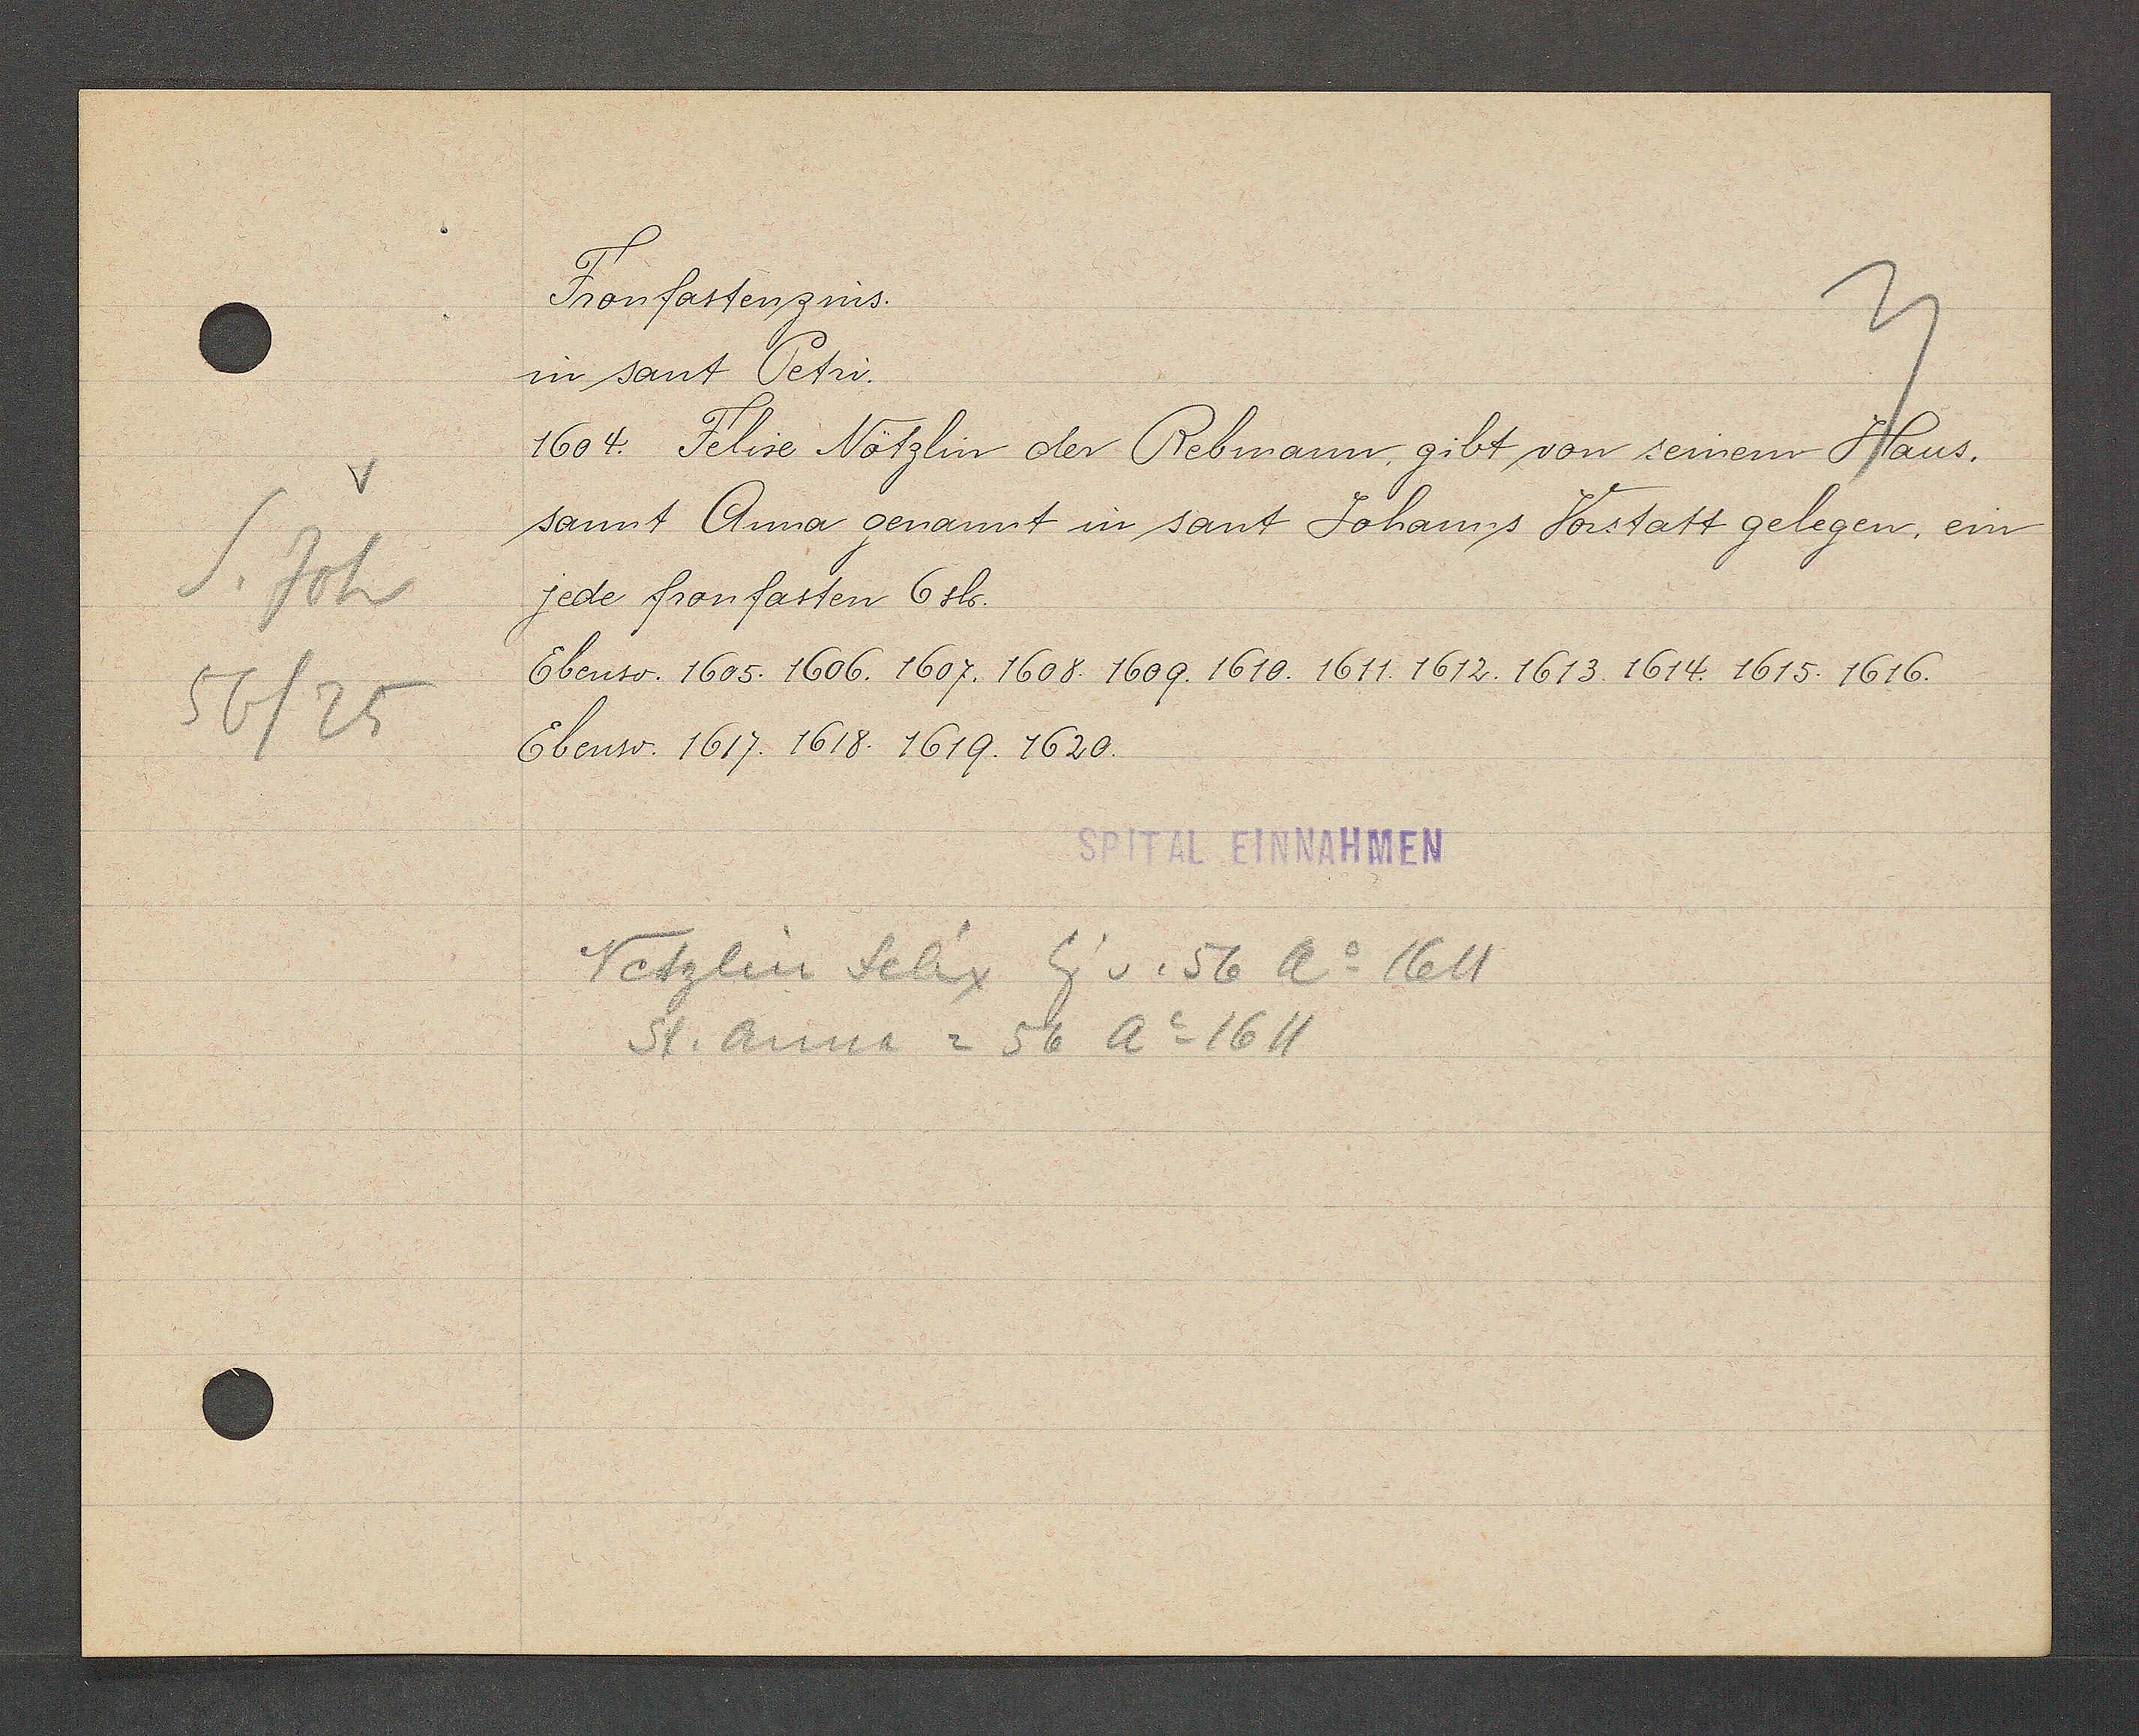
Transcript:
S. Joh
56/25

Fronfastenzins.

in sant Petri.
1604. Felise Nötzlin der Rebmann, gibt von seinem Haus.
sant Anna genannt in sant Johanns Vorstatt gelegen, ein
jede fronfasten 6 sh.
Ebenso. 1605. 1606. 1607. 1608. 1609. 1610. 1611. 1612. 1613. 1614. 1615. 1616.
Ebenso. 1617. 1618. 1619. 1620.

SPITAL EINNAHMEN

Vetzlin felix Eig v. 56 Ao 1611
St. Anna = 56 Ao 1611